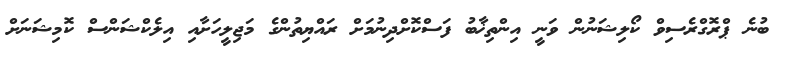
ބުނެ ޕްރޮގްރެސިވް ކޯލިޝަނުން ވަނީ އިންތިޚާބު ފަސްކޮށްދިނުމަށް ރައްޔިތުންގެ މަޖިލީހަށާއި އިލެކްޝަންސް ކޮމިޝަނަށް